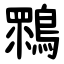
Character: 䳴